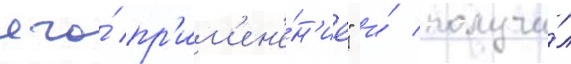
его́ пр'им'ен'е́н'ие" и́ получи́л